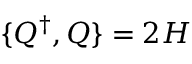
\{ Q ^ { \dagger } , Q \} = 2 H